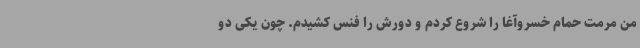
من مرمت حمام خسروآغا را شروع کردم و دورش را فنس کشیدم. چون یکی دو